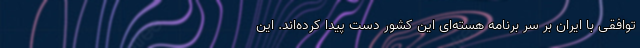
توافقی با ایران بر سر برنامه هسته‌ای این کشور دست پیدا کرده‌اند. این